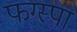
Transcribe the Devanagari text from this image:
फग्स्पा